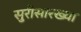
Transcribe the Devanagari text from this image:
सुरीसारख्या